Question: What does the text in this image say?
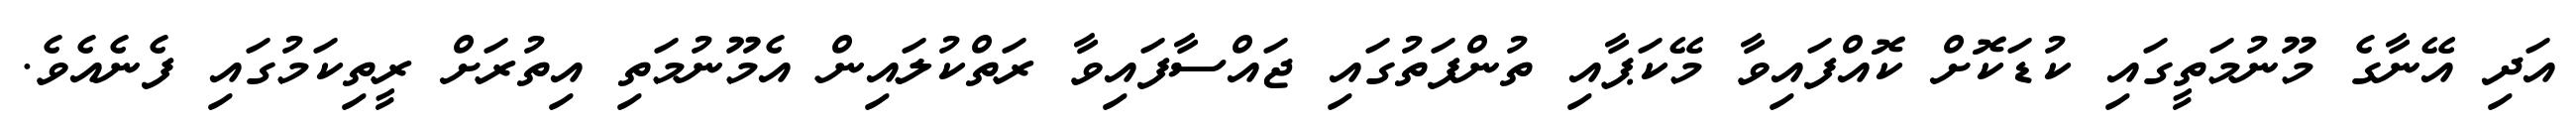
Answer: އަދި އޭނާގެ މޫނުމަތީގައި ކުޑަކޮށް ކޮއްފައިވާ މޭކަޕާއި ތުންފަތުގައި ޖައްސާފައިވާ ރަތްކުލައިން އެމޫނުމަތި އިތުރަށް ރީތިކަމުގައި ފެނެއެވެ.